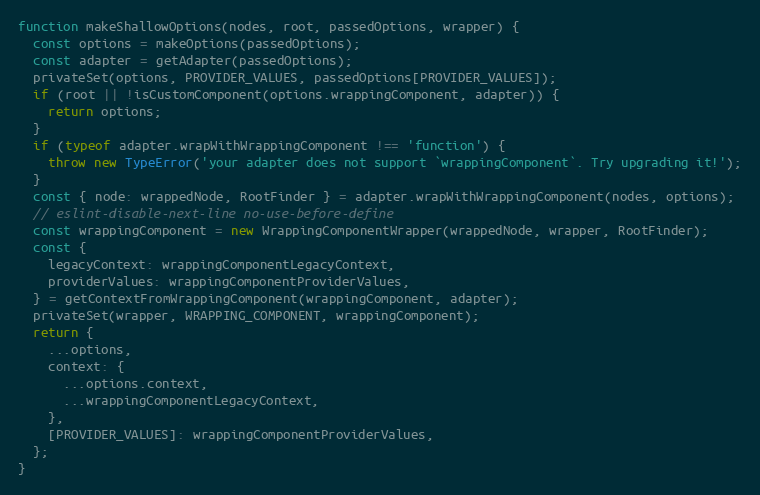
Language: JavaScript
function makeShallowOptions(nodes, root, passedOptions, wrapper) {
  const options = makeOptions(passedOptions);
  const adapter = getAdapter(passedOptions);
  privateSet(options, PROVIDER_VALUES, passedOptions[PROVIDER_VALUES]);
  if (root || !isCustomComponent(options.wrappingComponent, adapter)) {
    return options;
  }
  if (typeof adapter.wrapWithWrappingComponent !== 'function') {
    throw new TypeError('your adapter does not support `wrappingComponent`. Try upgrading it!');
  }
  const { node: wrappedNode, RootFinder } = adapter.wrapWithWrappingComponent(nodes, options);
  // eslint-disable-next-line no-use-before-define
  const wrappingComponent = new WrappingComponentWrapper(wrappedNode, wrapper, RootFinder);
  const {
    legacyContext: wrappingComponentLegacyContext,
    providerValues: wrappingComponentProviderValues,
  } = getContextFromWrappingComponent(wrappingComponent, adapter);
  privateSet(wrapper, WRAPPING_COMPONENT, wrappingComponent);
  return {
    ...options,
    context: {
      ...options.context,
      ...wrappingComponentLegacyContext,
    },
    [PROVIDER_VALUES]: wrappingComponentProviderValues,
  };
}